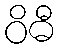
ဝိဓီ